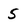
Character: 5